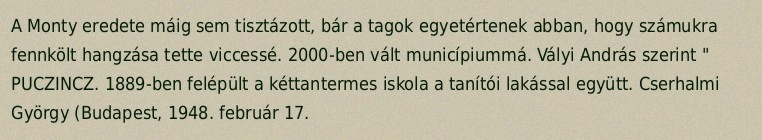
A Monty eredete máig sem tisztázott, bár a tagok egyetértenek abban, hogy számukra fennkölt hangzása tette viccessé. 2000-ben vált municípiummá. Vályi András szerint " PUCZINCZ. 1889-ben felépült a kéttantermes iskola a tanítói lakással együtt. Cserhalmi György (Budapest, 1948. február 17.